Annual report of the Punjab Veterinary College and of the Civil Veterinary Department, Punjab - 1926-1932
Year: 1926
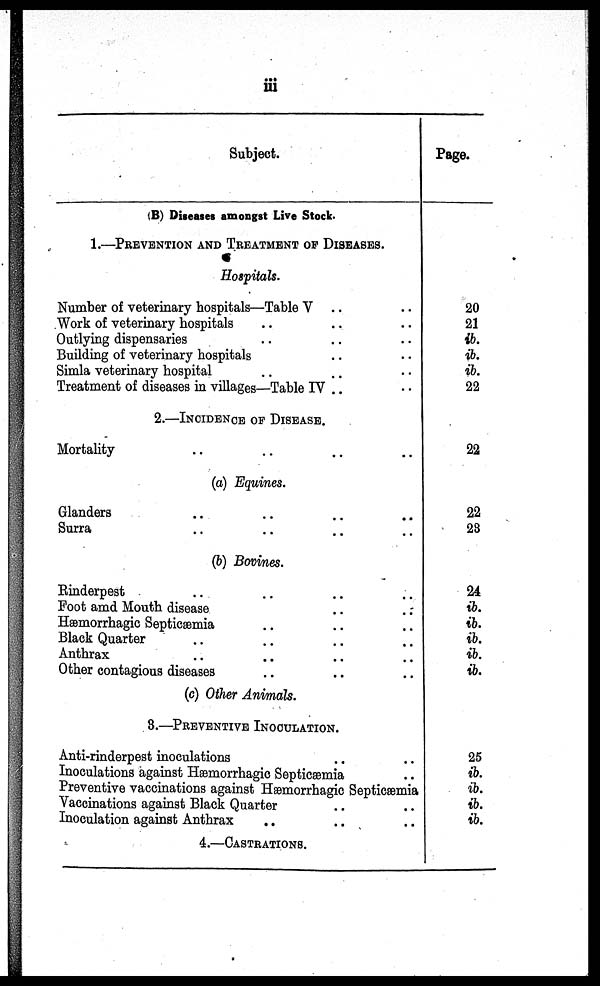
iii
Subject.
(B) Diseases amongst Live Stock.
1.—PREVENTION AND TREATMENT OF DISEASES.
Hospitals.
Number of veterinary hospitals—Table V .. ..
Work of veterinary hospitals .. .. ..
Outlying dispensaries .. .. ..
Building of veterinary hospitals .. .. ..
Simla veterinary hospital .. .. ..
Treatment of diseases in villages—Table IV .. ..
2.—INCIDENCE OF DISEASE.
Mortality .. .. .. ..
(a) Equines.
Glanders .. .. .. ..
Surra .. .. .. ..
(b) Bovines.
Rinderpest .. .. .. ..
Foot amd Mouth disease .. ..
Hæmorrhagic Septicæmia .. .. ..
Black Quarter .. .. .. ..
Anthrax .. .. .. ..
Other contagious diseases .. .. ..
(c) Other Animals.
3.—PREVENTIVE INOCULATION.
Anti-rinderpest inoculations .. ..
Inoculations against Hæmorrhagic Septicæmia ..
Preventive vaccinations against Hæmorrhagic Septicæmia
Vaccinations against Black Quarter .. ..
Inoculation against Anthrax .. .. ..
4.—CASTRATIONS.
Page.
20
21
ib.
ib.
ib.
22
22
22
23
24
ib.
ib.
ib.
ib.
ib.
25
ib.
ib.
ib.
ib.